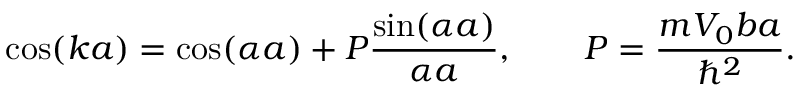
\cos ( k a ) = \cos ( \alpha a ) + P { \frac { \sin ( \alpha a ) } { \alpha a } } , \qquad P = { \frac { m V _ { 0 } b a } { \hbar ^ { 2 } } } .